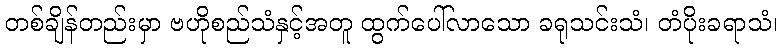
တစ်ချိန်တည်းမှာ ဗဟိုစည်သံနှင့်အတူ ထွက်ပေါ်လာသော ခရုသင်းသံ၊ တံပိုးခရာသံ၊